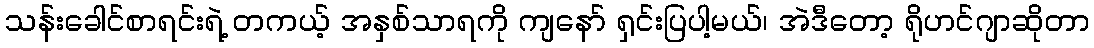
သန်းခေါင်စာရင်းရဲ့ တကယ့် အနှစ်သာရကို ကျနော် ရှင်းပြပါ့မယ်၊ အဲဒီတော့ ရိုဟင်ဂျာဆိုတာ